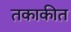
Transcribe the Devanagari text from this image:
तकाकीत